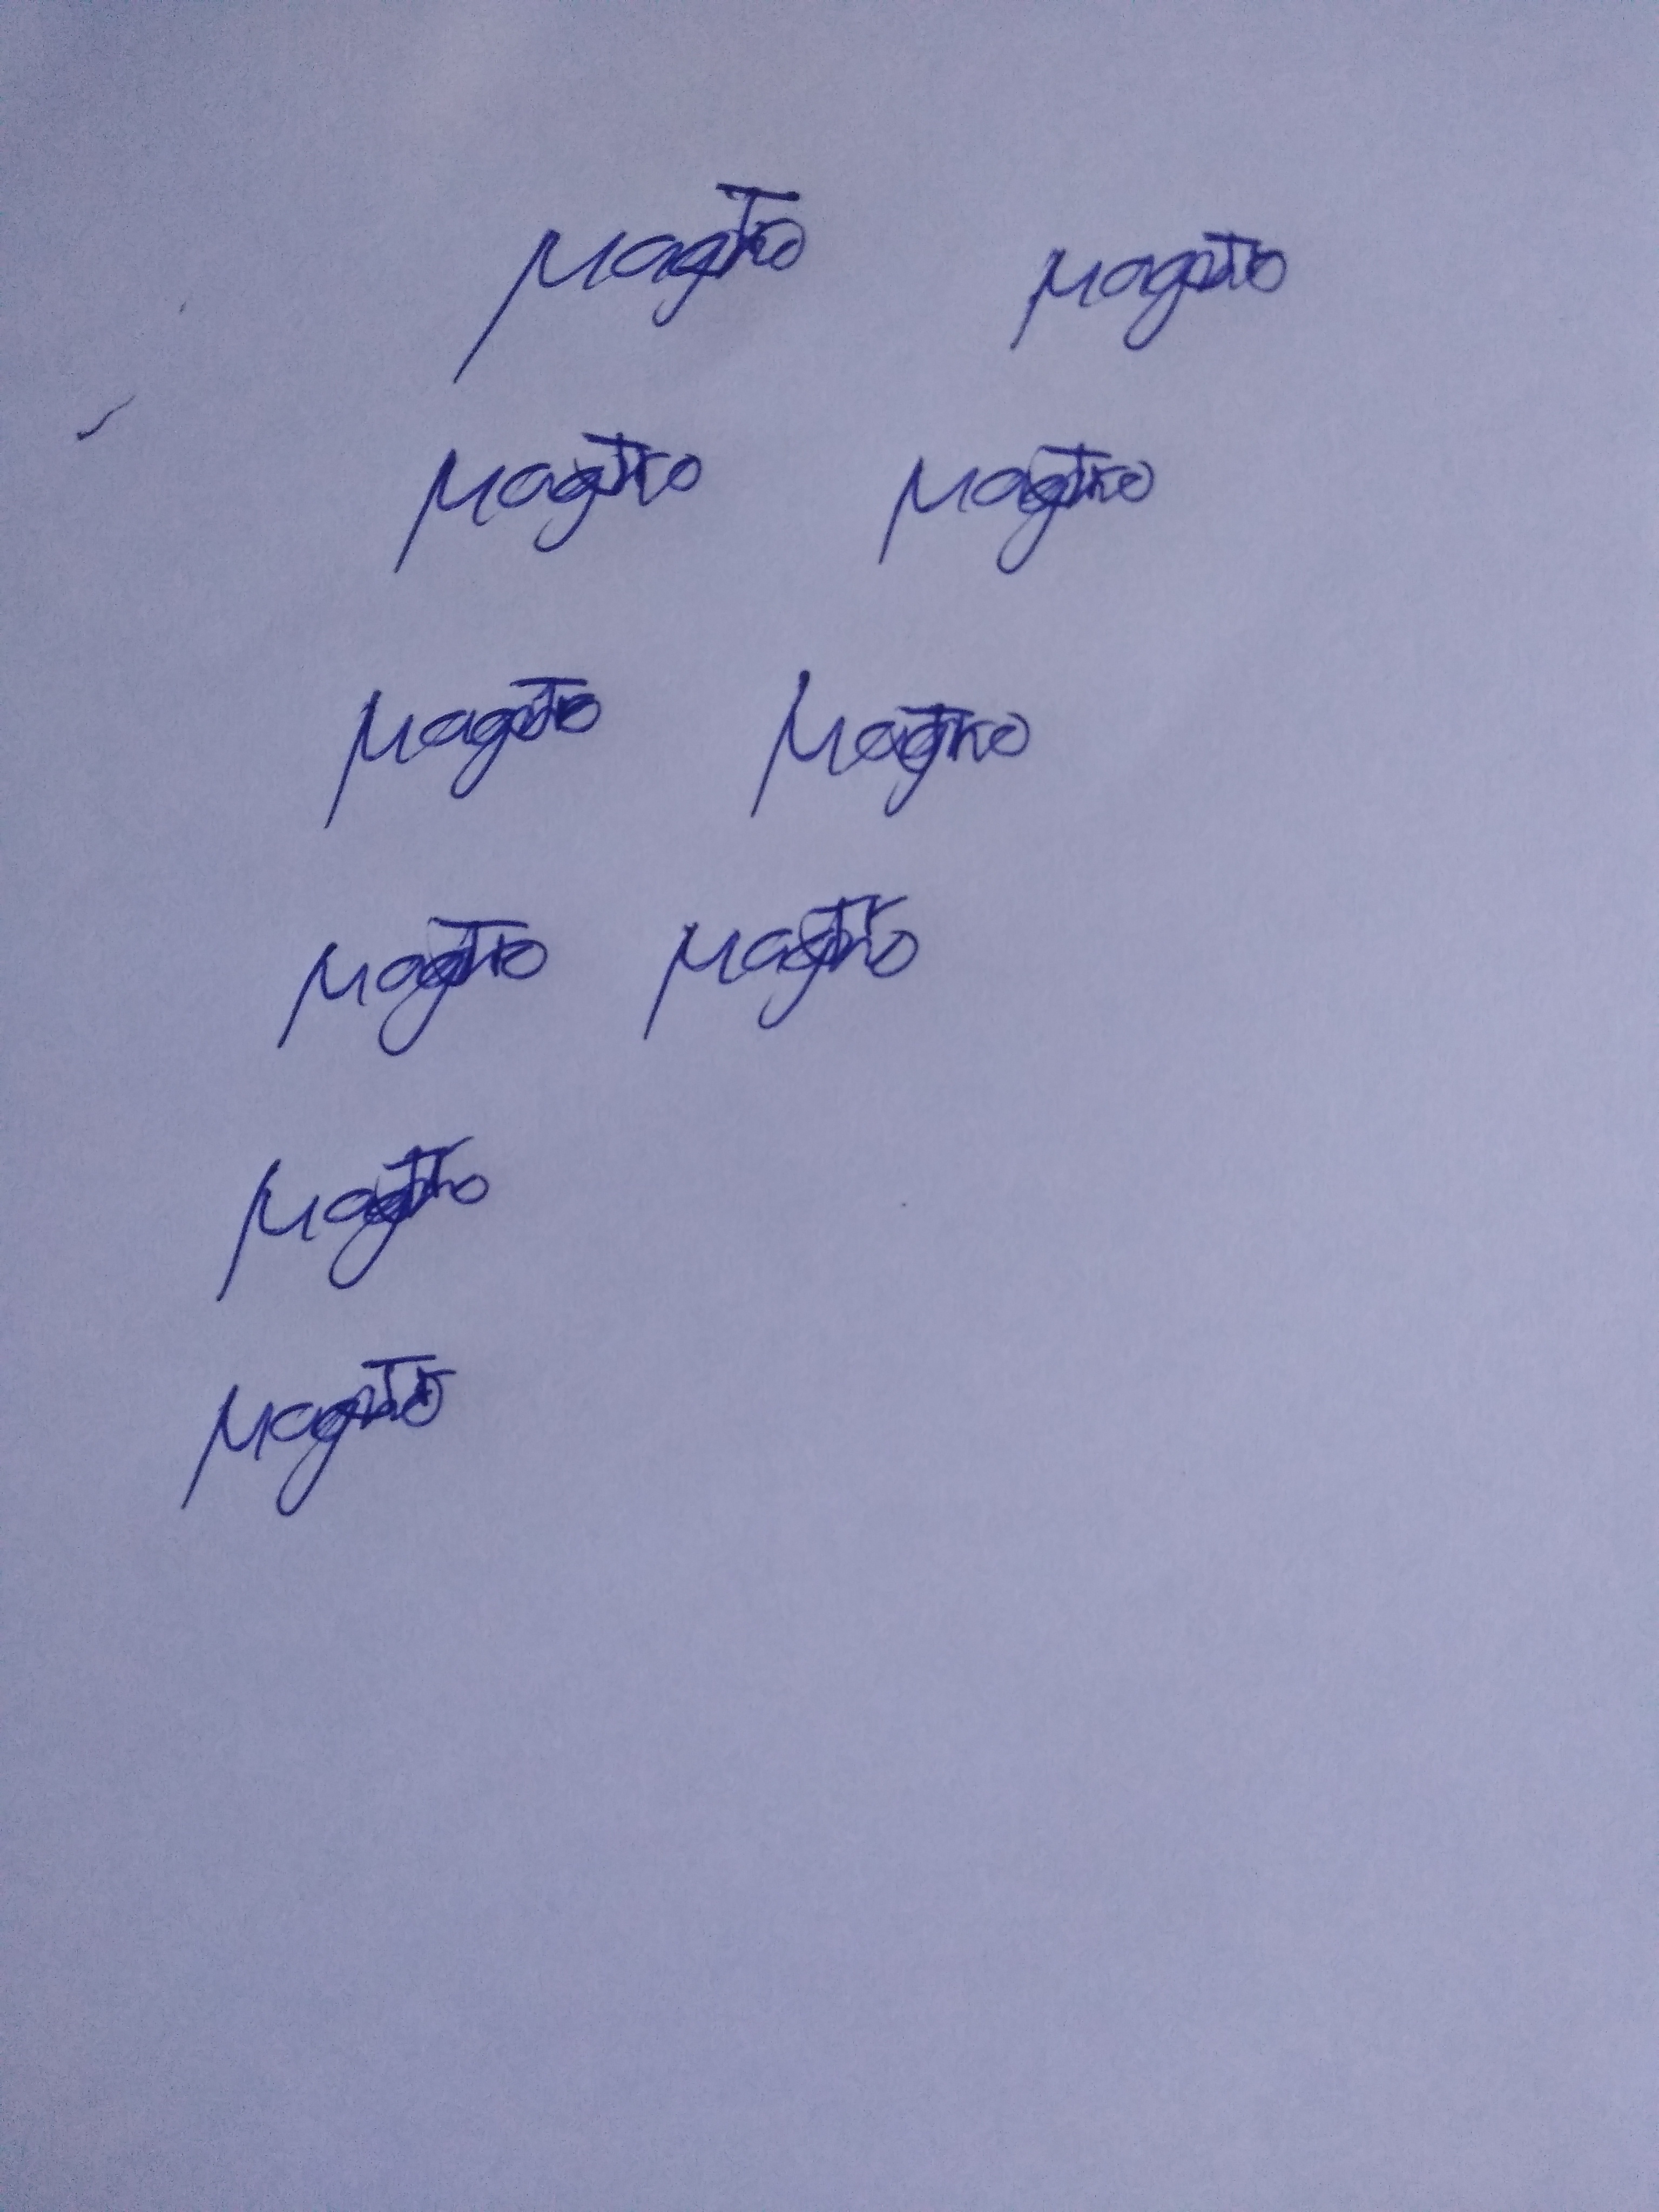
Signature authenticity: genuine